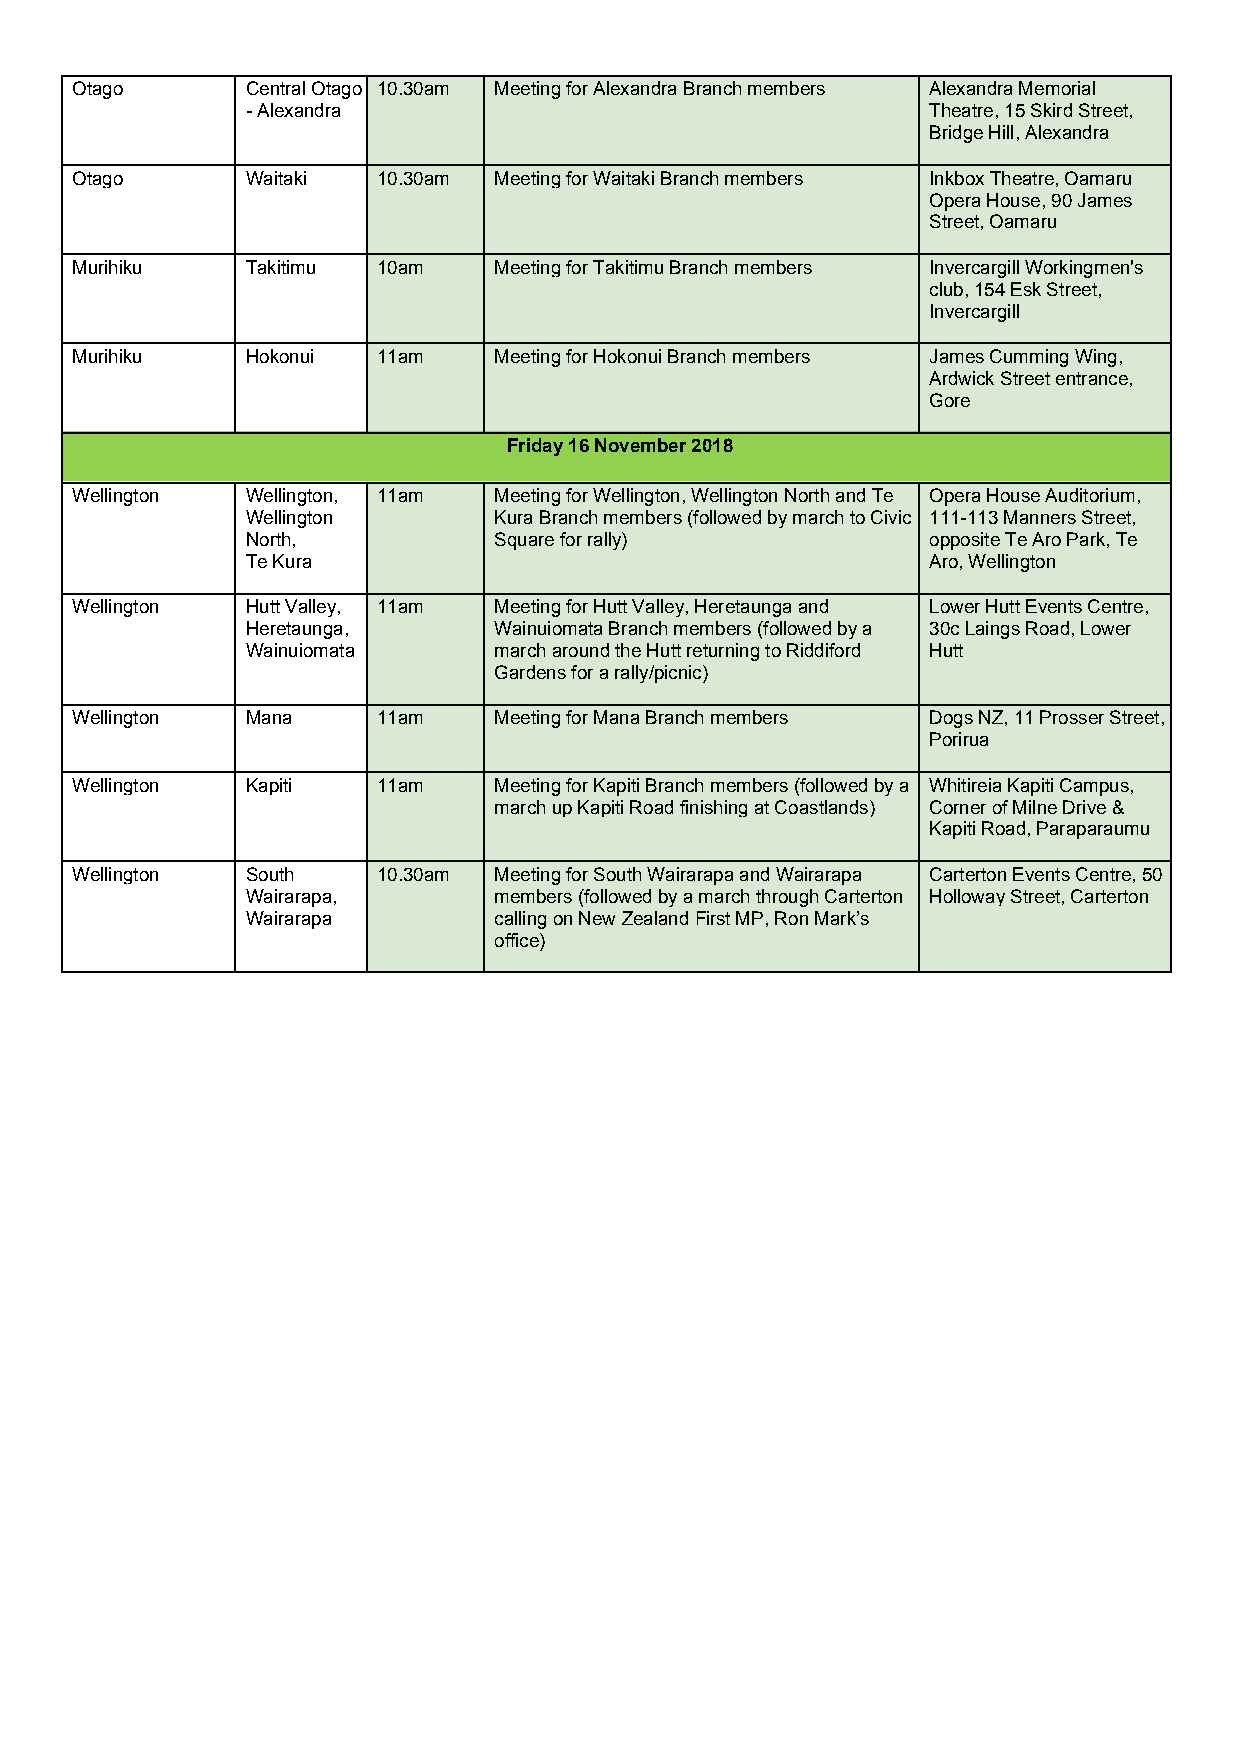
Otago      Central Otago 10.30am Meeting for Alexandra Branch members Alexandra Memorial
 - Alexandra                                  Theatre, 15 Skird Street,
 Bridge Hill, Alexandra
 Otago      Waitaki  10.30am Meeting for Waitaki Branch members Inkbox Theatre, Oamaru
 Opera House, 90 James
 Street, Oamaru
 Murihiku   Takitimu 10am    Meeting for Takitimu Branch members Invercargill Workingmen's
 club, 154 Esk Street,
 Invercargill
 Murihiku   Hokonui  11am    Meeting for Hokonui Branch members James Cumming Wing,
 Ardwick Street entrance,
 Gore
 Friday 16 November 2018
 Wellington Wellington, 11am Meeting for Wellington, Wellington North and Te Opera House Auditorium,
 Wellington       Kura Branch members (followed by march to Civic 111-113 Manners Street,
 North,           Square for rally)           opposite Te Aro Park, Te
 Te Kura                                      Aro, Wellington
 Wellington Hutt Valley, 11am Meeting for Hutt Valley, Heretaunga and Lower Hutt Events Centre,
 Heretaunga,      Wainuiomata Branch members (followed by a 30c Laings Road, Lower
 Wainuiomata      march around the Hutt returning to Riddiford Hutt
 Gardens for a rally/picnic)
 Wellington Mana     11am    Meeting for Mana Branch members Dogs NZ, 11 Prosser Street,
 Porirua
 Wellington Kapiti   11am    Meeting for Kapiti Branch members (followed by a Whitireia Kapiti Campus,
 march up Kapiti Road finishing at Coastlands) Corner of Milne Drive &
 Kapiti Road, Paraparaumu
 Wellington South    10.30am Meeting for South Wairarapa and Wairarapa Carterton Events Centre, 50
 Wairarapa,       members (followed by a march through Carterton Holloway Street, Carterton
 Wairarapa        calling on New Zealand First MP, Ron Mark’s
 office)